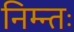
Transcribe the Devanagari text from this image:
निम्न्तः